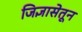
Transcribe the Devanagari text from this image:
जिज्ञासेतून